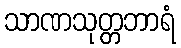
သာဏသုတ္တဘာရံ